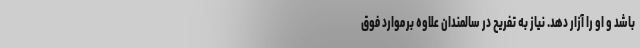
باشد و او را آزار دهد. نیاز به تفریح در سالمندان علاوه برموارد فوق